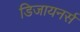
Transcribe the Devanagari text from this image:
डिजायनर्स